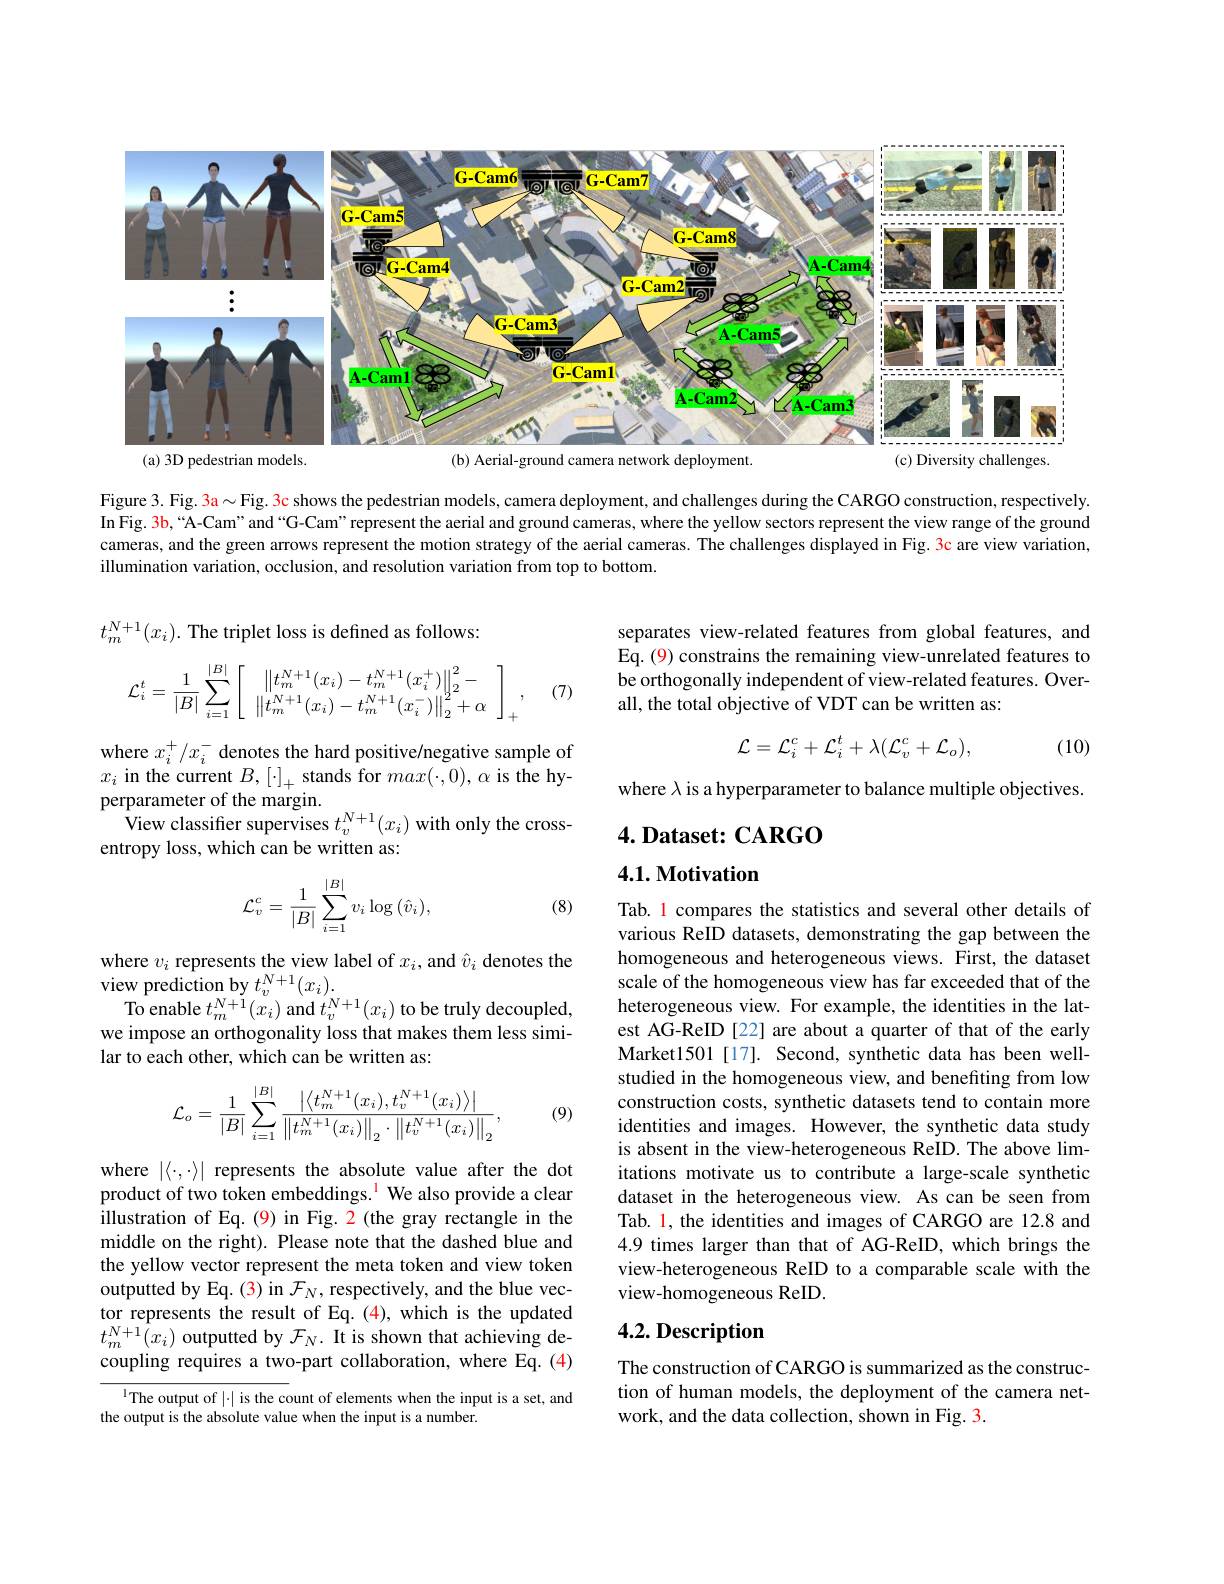
<FigureHere>
(a) 3D pedestrian models.
(b) Aerial-ground camera network deployment
(c) Diversity challenges

Figure 3. Fig, 3a$\sim$Fig. 3c shows the pedestrian models, camera deployment, and challenges during the CARGO construction, respectively In Fig. 3b, “A-Cam" and “G-Cam” represent the aerial and ground cameras, where the yellow sectors represent the view range of the ground cameras, and the green arrows represent the motion strategy of the aerial cameras. The challenges displayed in Fig. 3c are view variation, illumination variation, occlusion, and resolution variation from top to bottom.

$t_m^{N+1}(x_i).$ The triplet loss is defined as follows:

separates view-related features from global features, and Eq. (9) constrains the remaining view-unrelated features to be orthogonally independent of view-related features. Overall, the total objective of VDT can be written as:
$$\mathcal{L}_i^t=\frac{1}{|B|}\sum_{i=1}^{|B|}\left[\begin{array}{c}\left\|t_m^{N+1}(x_i)-t_m^{N+1}(x_i^+)\right\|_2^2-\\\left\|t_m^{N+1}(x_i)-t_m^{N+1}(x_i^-)\right\|_2^2+\alpha\end{array}\right]_+,$$
(7
$$\mathcal{L}=\mathcal{L}_i^c+\mathcal{L}_i^t+\lambda(\mathcal{L}_v^c+\mathcal{L}_o),$$
(10)

where $\lambda$ is a hyperparameter to balance multiple objectives.

where $x_i^+/x_i^-$ denotes the hard positive/negative sample of $x_{i}$ in the current $B,[\cdot]_+$ stands for $max(\cdot,0),\alpha$ is the hyperparameter of the margin.
View classifier supervises $t_v^{N+1}(x_i)$ with only the cross-
entropy loss, which can be written as:

4. Dataset: CARGO

4.1. Motivation
$$\mathcal{L}_{v}^{c}=\frac{1}{|B|}\sum_{i=1}^{|B|}v_{i}\log{(\hat{v}_{i})},$$
(8)

where $v_i$ represents the view label of $x_i$, and $\hat{v}_i$ denotes the
view prediction by $t_v^{N+1}(x_i).$
To enable $t_m^{N+1}(x_i)$ and $t_v^{N+1}(x_i)$ to be truly decoupled, we impose an orthogonality loss that makes them less similar to each other, which can be written as:

Tab. l compares the statistics and several other details of various ReID datasets, demonstrating the gap between the homogeneous and heterogeneous views. First, the dataset scale of the homogeneous view has far exceeded that of the heterogeneous view. For example, the identities in the latest AG-ReID [22] are about a quarter of that of the early Market1501[17]. Second, synthetic data has been wellstudied in the homogeneous view, and benefiting from low construction costs, synthetic datasets tend to contain more identities and images. However, the synthetic data study is absent in the view-heterogeneous ReID. The above limitations motivate us to contribute a large-scale synthetic dataset in the heterogeneous view. As can be seen from Tab. 1, the identities and images of CARGO are 12.8 and 4.9 times larger than that of AG-ReID, which brings the view-heterogeneous ReID to a comparable scale with the view-homogeneous ReID.
$$\mathcal{L}_o=\frac{1}{|B|}\sum_{i=1}^{|B|}\frac{\left|\left\langle t_m^{N+1}(x_i),t_v^{N+1}(x_i)\right\rangle\right|}{\left\|t_m^{N+1}(x_i)\right\|_2\cdot\left\|t_v^{N+1}(x_i)\right\|_2},$$
(9)

where $|\langle\cdot,\cdot\rangle|$ represents the absolute value after the dot product of two token embeddings.$^{\color{red}{1}}$ We also provide a clear illustration of Eq.(9) in Fig. 2(the gray rectangle in the middle on the right). Please note that the dashed blue and the yellow vector represent the meta token and view token outputted by Eq. (3) in $\mathcal{F}_N$, respectively, and the blue vector represents the result of Eq.(4), which is the updated $t_{m}^{N+1}(x_{i})$ outputted by $\mathcal{F}_N.$ It is shown that achieving decoupling requires a two-part collaboration, where Eq. (4)

## 4.2. Description

The construction of CARGO is summarized as the construction of human models, the deployment of the camera network, and the data collection, shown in Fig. 3

$^{\mathrm{l}}$The output of $|\cdot|$ is the count of elements when the input is a set, and
the output is the absolute value when the input is a number.